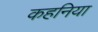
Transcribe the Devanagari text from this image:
कहनिया